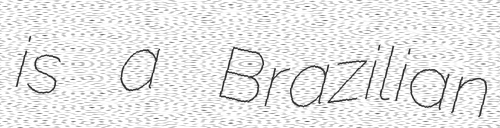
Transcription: is a Brazilian